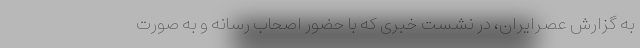
به گزارش عصرایران، در نشست خبری که با حضور اصحاب رسانه و به صورت